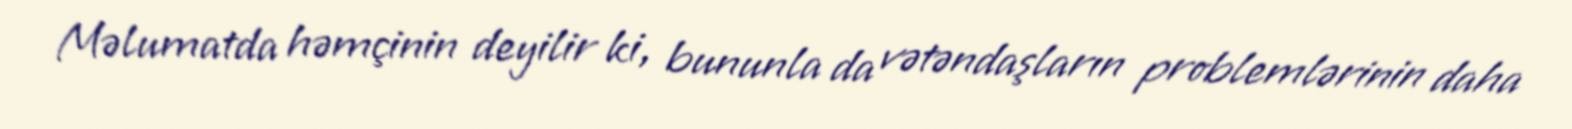
Məlumatda həmçinin deyilir ki, bununla da vətəndaşların problemlərinin daha